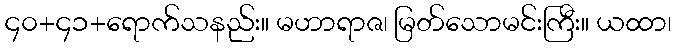
၄၀+၄၁+ရောက်သနည်း။ မဟာရာဇ၊ မြတ်သောမင်းကြီး။ ယထာ၊